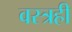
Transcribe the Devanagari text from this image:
वस्त्रही